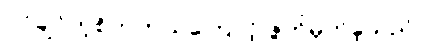
ပိုင်ချင်တဲ့စိတ်ကယ်ကြောင့် ဇွတ်မှိတ်ခဲ့သည်။